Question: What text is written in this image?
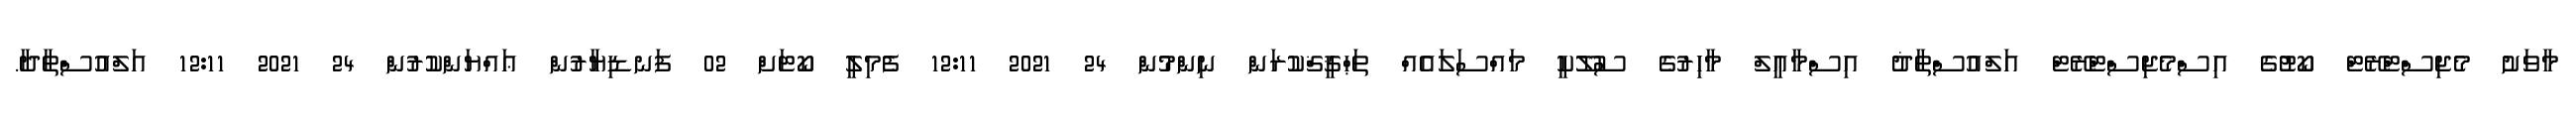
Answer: މާވަށު މެޖިސްޓްރޭޓް ކޯޓުގެ އިސްމެޖިސްޓްރޭޓް އަލްއުސްތާޛު އިސްމާޢީލް މާހިރުގެ ސުލޫކީ މައްސަލައެއް ތަޙްޤީޤްކުރަން ނިންމުން 24 2021 12:11 ފެމިލީ ކޯޓަށް 02 ފަނޑިޔާރުން ޢައްޔަންކުރުން 24 2021 12:11 އަލްއުސްތާޛާ.